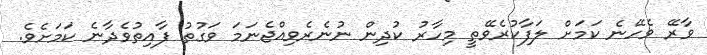
ވާރޭ ވެހޭނެ ކަމަށް ލަފާކުރެވޭތީ މިހާރު ކުދިން ނުނެރެވިއްޖެނަމަ ވަގުތު ފާއިތުވެދާނެ ކަމަށެވެ.